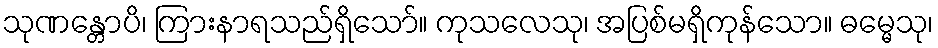
သုဏန္တောပိ၊ ကြားနာရသည်ရှိသော်။ ကုသလေသု၊ အပြစ်မရှိကုန်သော။ ဓမ္မေသု၊